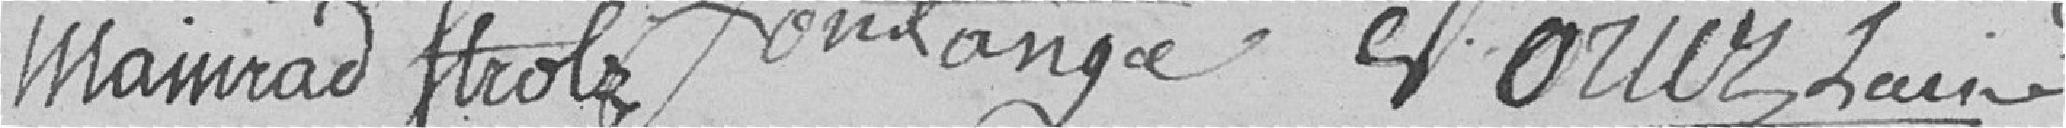
Mainrad Strolz Boulange Oriez l'ainé